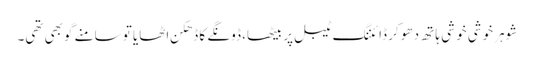
شوہر خوشی خو شی ہا تھ دھو کر ڈائننگ ٹیبل پر بیٹھا، ڈونگے کا ڈھکن اٹھایا تو سامنے گوبھی تھی۔